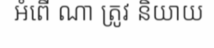
អំពើ ណា ត្រូវ និយាយ